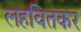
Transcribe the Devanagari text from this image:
लहवितकर